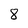
Character: 8